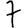
Digit: 7